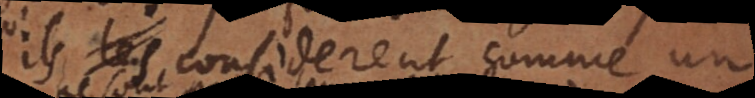
qu’ils considerent comme un